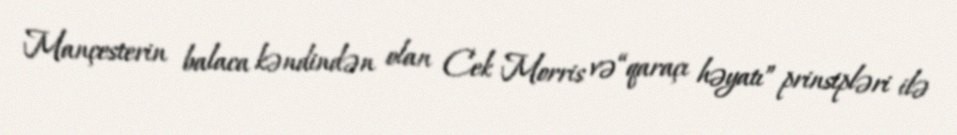
Mançesterin balaca kəndindən olan Cek Morris və “qaraçı həyatı” prinsipləri ilə